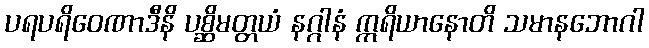
ပရပရိဝေဏာဒီနိ ပစ္ဆိမတ္တယံ နဂ္ဂါနံ ဣရိယာနောတိ သမာနဘောဂါ